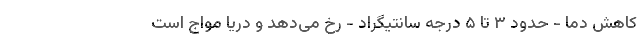
کاهش دما - حدود ۳ تا ۵ درجه سانتیگراد - رخ می‌دهد و دریا مواج است